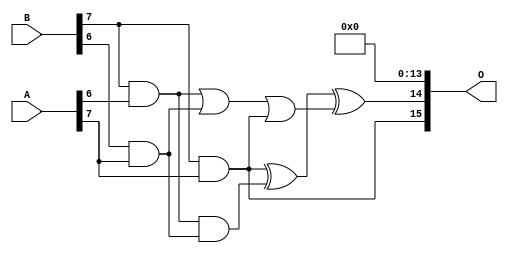
/***
* This code is a part of EvoApproxLib library (ehw.fit.vutbr.cz/approxlib) distributed under The MIT License.
* When used, please cite the following article(s): PRABAKARAN B. S., MRAZEK V., VASICEK Z., SEKANINA L., SHAFIQUE M. ApproxFPGAs: Embracing ASIC-based Approximate Arithmetic Components for FPGA-Based Systems. DAC 2020. 
***/
// MAE% = 0.0034 %
// MAE = 144782 
// WCE% = 0.019 %
// WCE = 813901 
// WCRE% = 103.12 %
// EP% = 99.99 %
// MRE% = 0.18 %
// MSE = 31960.408e6 
// FPGA_POWER = 3.0
// FPGA_DELAY = 14
// FPGA_LUT = 179

module mult8_cgp14ep_ep65536_wc16384_2_csamcsa (
    A,
    B,
    O
);

input [7:0] A;
input [7:0] B;
output [15:0] O;

wire sig_225,sig_267,sig_268,sig_299,sig_300,sig_302,sig_328,sig_331;

assign sig_225 = B[7] & A[6];
assign sig_267 = B[6] & A[7];
assign sig_268 = B[7] & A[7];
assign sig_299 = sig_225 | sig_267;
assign sig_300 = sig_225 & sig_267;
assign sig_302 = sig_299 | sig_268;
assign sig_328 = sig_268 ^ sig_300;
assign sig_331 = sig_328 ^ sig_302;

assign O[15] = sig_268;
assign O[14] = sig_331;
assign O[13] = 1'b0;
assign O[12] = 1'b0;
assign O[11] = 1'b0;
assign O[10] = 1'b0;
assign O[9] = 1'b0;
assign O[8] = 1'b0;
assign O[7] = 1'b0;
assign O[6] = 1'b0;
assign O[5] = 1'b0;
assign O[4] = 1'b0;
assign O[3] = 1'b0;
assign O[2] = 1'b0;
assign O[1] = 1'b0;
assign O[0] = 1'b0;

endmodule

module mult8_cgp14zr_wc1577_csamrca (
    A,
    B,
    O
);

input [7:0] A;
input [7:0] B;
output [15:0] O;

wire sig_52,sig_53,sig_85,sig_95,sig_96,sig_127,sig_128,sig_130,sig_137,sig_138,sig_139,sig_165,sig_166,sig_170,sig_171,sig_173,sig_174,sig_180,sig_181,sig_182;
wire sig_199,sig_208,sig_209,sig_210,sig_211,sig_212,sig_213,sig_214,sig_215,sig_216,sig_217,sig_222,sig_223,sig_224,sig_225,sig_239,sig_246,sig_247,sig_248,sig_249;
wire sig_250,sig_251,sig_252,sig_253,sig_254,sig_255,sig_256,sig_257,sig_258,sig_259,sig_260,sig_263,sig_264,sig_265,sig_266,sig_267,sig_268,sig_284,sig_285,sig_286;
wire sig_287,sig_288,sig_289,sig_290,sig_291,sig_292,sig_293,sig_294,sig_295,sig_296,sig_297,sig_298,sig_299,sig_300,sig_301,sig_302,sig_303,sig_309,sig_313,sig_316;
wire sig_317,sig_318,sig_319,sig_320,sig_321,sig_322,sig_323,sig_324,sig_325,sig_326,sig_327,sig_328,sig_329,sig_330,sig_331,sig_332,sig_333,sig_334,sig_335;

assign sig_52 = B[7] & A[2];
assign sig_53 = B[7] & A[2];
assign sig_85 = A[3] & sig_52;
assign sig_95 = B[6] & A[3];
assign sig_96 = B[7] & A[3];
assign sig_127 = sig_53 ^ sig_95;
assign sig_128 = sig_53 & A[3];
assign sig_130 = sig_127 ^ sig_85;
assign sig_137 = B[5] & A[4];
assign sig_138 = B[6] & A[4];
assign sig_139 = B[7] & A[4];
assign sig_165 = sig_130 | sig_137;
assign sig_166 = sig_130 & sig_137;
assign sig_170 = sig_96 ^ sig_138;
assign sig_171 = sig_96 & sig_138;
assign sig_173 = sig_170 ^ sig_85;
assign sig_174 = sig_171 | sig_128;
assign sig_180 = B[5] & A[5];
assign sig_181 = B[6] & A[5];
assign sig_182 = B[7] & A[5];
assign sig_199 = B[3] & A[6];
assign sig_208 = sig_173 ^ sig_180;
assign sig_209 = sig_173 & sig_180;
assign sig_210 = sig_208 & sig_166;
assign sig_211 = sig_208 ^ sig_166;
assign sig_212 = sig_209 | sig_210;
assign sig_213 = sig_139 ^ sig_181;
assign sig_214 = sig_139 & sig_181;
assign sig_215 = sig_213 & sig_174;
assign sig_216 = sig_213 ^ sig_174;
assign sig_217 = sig_214 | sig_215;
assign sig_222 = B[4] & A[6];
assign sig_223 = B[5] & A[6];
assign sig_224 = B[6] & A[6];
assign sig_225 = B[7] & A[6];
assign sig_239 = A[5] & B[4];
assign sig_246 = sig_211 ^ sig_222;
assign sig_247 = sig_211 & sig_222;
assign sig_248 = sig_246 & sig_165;
assign sig_249 = sig_246 ^ sig_165;
assign sig_250 = sig_247 | sig_248;
assign sig_251 = sig_216 ^ sig_223;
assign sig_252 = sig_216 & sig_223;
assign sig_253 = sig_251 & sig_212;
assign sig_254 = sig_251 ^ sig_212;
assign sig_255 = sig_252 | sig_253;
assign sig_256 = sig_182 ^ sig_224;
assign sig_257 = sig_182 & sig_224;
assign sig_258 = sig_256 & sig_217;
assign sig_259 = sig_256 ^ sig_217;
assign sig_260 = sig_257 | sig_258;
assign sig_263 = B[2] & A[7];
assign sig_264 = B[3] & A[7];
assign sig_265 = B[4] & A[7];
assign sig_266 = B[5] & A[7];
assign sig_267 = B[6] & A[7];
assign sig_268 = B[7] & A[7];
assign sig_284 = sig_249 ^ sig_264;
assign sig_285 = sig_249 & sig_264;
assign sig_286 = sig_284 & sig_199;
assign sig_287 = sig_284 ^ sig_199;
assign sig_288 = sig_285 | sig_286;
assign sig_289 = sig_254 ^ sig_265;
assign sig_290 = sig_254 & sig_265;
assign sig_291 = sig_289 & sig_250;
assign sig_292 = sig_289 ^ sig_250;
assign sig_293 = sig_290 | sig_291;
assign sig_294 = sig_259 ^ sig_266;
assign sig_295 = sig_259 & sig_266;
assign sig_296 = sig_294 & sig_255;
assign sig_297 = sig_294 ^ sig_255;
assign sig_298 = sig_295 | sig_296;
assign sig_299 = sig_225 ^ sig_267;
assign sig_300 = sig_225 & sig_267;
assign sig_301 = sig_299 & sig_260;
assign sig_302 = sig_299 ^ sig_260;
assign sig_303 = sig_300 | sig_301;
assign sig_309 = sig_239 ^ sig_263;
assign sig_313 = sig_239 & sig_263;
assign sig_316 = sig_292 ^ sig_288;
assign sig_317 = sig_292 & sig_288;
assign sig_318 = sig_316 & sig_313;
assign sig_319 = sig_316 ^ sig_313;
assign sig_320 = sig_317 | sig_318;
assign sig_321 = sig_297 ^ sig_293;
assign sig_322 = sig_297 & sig_293;
assign sig_323 = sig_321 & sig_320;
assign sig_324 = sig_321 ^ sig_320;
assign sig_325 = sig_322 | sig_323;
assign sig_326 = sig_302 ^ sig_298;
assign sig_327 = sig_302 & sig_298;
assign sig_328 = sig_326 & sig_325;
assign sig_329 = sig_326 ^ sig_325;
assign sig_330 = sig_327 | sig_328;
assign sig_331 = sig_268 ^ sig_303;
assign sig_332 = A[7] & sig_303;
assign sig_333 = sig_268 & sig_330;
assign sig_334 = sig_331 ^ sig_330;
assign sig_335 = sig_332 | sig_333;

assign O[15] = sig_335;
assign O[14] = sig_334;
assign O[13] = sig_329;
assign O[12] = sig_324;
assign O[11] = sig_319;
assign O[10] = sig_287;
assign O[9] = sig_309;
assign O[8] = sig_309;
assign O[7] = sig_214;
assign O[6] = sig_254;
assign O[5] = sig_225;
assign O[4] = sig_127;
assign O[3] = 1'b0;
assign O[2] = sig_309;
assign O[1] = sig_291;
assign O[0] = sig_217;

endmodule


module trun8_tam00b ( A, B, O );
  input [7:0] A;
  input [7:0] B;
  output [15:0] O;

  wire C_1_0,C_1_1,C_1_2,C_1_3,C_1_4,C_1_5,C_1_6,C_2_0,C_2_1,C_2_2,C_2_3,C_2_4,C_2_5,C_2_6,C_3_0,C_3_1,C_3_2,C_3_3,C_3_4,C_3_5,C_3_6,C_4_0,C_4_1,C_4_2,C_4_3,C_4_4,C_4_5,C_4_6,C_5_0,C_5_1,C_5_2,C_5_3,C_5_4,C_5_5,C_5_6,C_6_0,C_6_1,C_6_2,C_6_3,C_6_4,C_6_5,C_6_6,C_7_0,C_7_1,C_7_2,C_7_3,C_7_4,C_7_5,C_7_6,S_0_0,S_0_1,S_0_2,S_0_3,S_0_4,S_0_5,S_0_6,S_0_7,S_1_0,S_1_1,S_1_2,S_1_3,S_1_4,S_1_5,S_1_6,S_1_7,S_2_0,S_2_1,S_2_2,S_2_3,S_2_4,S_2_5,S_2_6,S_2_7,S_3_0,S_3_1,S_3_2,S_3_3,S_3_4,S_3_5,S_3_6,S_3_7,S_4_0,S_4_1,S_4_2,S_4_3,S_4_4,S_4_5,S_4_6,S_4_7,S_5_0,S_5_1,S_5_2,S_5_3,S_5_4,S_5_5,S_5_6,S_5_7,S_6_0,S_6_1,S_6_2,S_6_3,S_6_4,S_6_5,S_6_6,S_6_7,S_7_0,S_7_1,S_7_2,S_7_3,S_7_4,S_7_5,S_7_6,S_7_7,S_8_0,S_8_1,S_8_2,S_8_3,S_8_4,S_8_5,S_8_6,S_8_7;

  assign S_0_0 = (A[0] & B[0]);
  assign S_0_1 = (A[0] & B[1]);
  assign S_0_2 = (A[0] & B[2]);
  assign S_0_3 = (A[0] & B[3]);
  assign S_0_4 = (A[0] & B[4]);
  assign S_0_5 = (A[0] & B[5]);
  assign S_0_6 = (A[0] & B[6]);
  assign S_0_7 = (A[0] & B[7]);
  PDKGENHAX1 U13609 (.A(S_0_1), .B((A[1] & B[0])), .YS(S_1_0), .YC(C_1_0));
  PDKGENHAX1 U13610 (.A(S_0_2), .B((A[1] & B[1])), .YS(S_1_1), .YC(C_1_1));
  PDKGENHAX1 U13611 (.A(S_0_3), .B((A[1] & B[2])), .YS(S_1_2), .YC(C_1_2));
  PDKGENHAX1 U13612 (.A(S_0_4), .B((A[1] & B[3])), .YS(S_1_3), .YC(C_1_3));
  PDKGENHAX1 U13613 (.A(S_0_5), .B((A[1] & B[4])), .YS(S_1_4), .YC(C_1_4));
  PDKGENHAX1 U13614 (.A(S_0_6), .B((A[1] & B[5])), .YS(S_1_5), .YC(C_1_5));
  PDKGENHAX1 U13615 (.A(S_0_7), .B((A[1] & B[6])), .YS(S_1_6), .YC(C_1_6));
  assign S_1_7 = (A[1] & B[7]);
  PDKGENFAX1 U13617 (.A(S_1_1), .B(C_1_0), .C((A[2] & B[0])), .YS(S_2_0), .YC(C_2_0));
  PDKGENFAX1 U13618 (.A(S_1_2), .B(C_1_1), .C((A[2] & B[1])), .YS(S_2_1), .YC(C_2_1));
  PDKGENFAX1 U13619 (.A(S_1_3), .B(C_1_2), .C((A[2] & B[2])), .YS(S_2_2), .YC(C_2_2));
  PDKGENFAX1 U13620 (.A(S_1_4), .B(C_1_3), .C((A[2] & B[3])), .YS(S_2_3), .YC(C_2_3));
  PDKGENFAX1 U13621 (.A(S_1_5), .B(C_1_4), .C((A[2] & B[4])), .YS(S_2_4), .YC(C_2_4));
  PDKGENFAX1 U13622 (.A(S_1_6), .B(C_1_5), .C((A[2] & B[5])), .YS(S_2_5), .YC(C_2_5));
  PDKGENFAX1 U13623 (.A(S_1_7), .B(C_1_6), .C((A[2] & B[6])), .YS(S_2_6), .YC(C_2_6));
  assign S_2_7 = (A[2] & B[7]);
  PDKGENFAX1 U13625 (.A(S_2_1), .B(C_2_0), .C((A[3] & B[0])), .YS(S_3_0), .YC(C_3_0));
  PDKGENFAX1 U13626 (.A(S_2_2), .B(C_2_1), .C((A[3] & B[1])), .YS(S_3_1), .YC(C_3_1));
  PDKGENFAX1 U13627 (.A(S_2_3), .B(C_2_2), .C((A[3] & B[2])), .YS(S_3_2), .YC(C_3_2));
  PDKGENFAX1 U13628 (.A(S_2_4), .B(C_2_3), .C((A[3] & B[3])), .YS(S_3_3), .YC(C_3_3));
  PDKGENFAX1 U13629 (.A(S_2_5), .B(C_2_4), .C((A[3] & B[4])), .YS(S_3_4), .YC(C_3_4));
  PDKGENFAX1 U13630 (.A(S_2_6), .B(C_2_5), .C((A[3] & B[5])), .YS(S_3_5), .YC(C_3_5));
  PDKGENFAX1 U13631 (.A(S_2_7), .B(C_2_6), .C((A[3] & B[6])), .YS(S_3_6), .YC(C_3_6));
  assign S_3_7 = (A[3] & B[7]);
  PDKGENFAX1 U13633 (.A(S_3_1), .B(C_3_0), .C((A[4] & B[0])), .YS(S_4_0), .YC(C_4_0));
  PDKGENFAX1 U13634 (.A(S_3_2), .B(C_3_1), .C((A[4] & B[1])), .YS(S_4_1), .YC(C_4_1));
  PDKGENFAX1 U13635 (.A(S_3_3), .B(C_3_2), .C((A[4] & B[2])), .YS(S_4_2), .YC(C_4_2));
  PDKGENFAX1 U13636 (.A(S_3_4), .B(C_3_3), .C((A[4] & B[3])), .YS(S_4_3), .YC(C_4_3));
  PDKGENFAX1 U13637 (.A(S_3_5), .B(C_3_4), .C((A[4] & B[4])), .YS(S_4_4), .YC(C_4_4));
  PDKGENFAX1 U13638 (.A(S_3_6), .B(C_3_5), .C((A[4] & B[5])), .YS(S_4_5), .YC(C_4_5));
  PDKGENFAX1 U13639 (.A(S_3_7), .B(C_3_6), .C((A[4] & B[6])), .YS(S_4_6), .YC(C_4_6));
  assign S_4_7 = (A[4] & B[7]);
  PDKGENFAX1 U13641 (.A(S_4_1), .B(C_4_0), .C((A[5] & B[0])), .YS(S_5_0), .YC(C_5_0));
  PDKGENFAX1 U13642 (.A(S_4_2), .B(C_4_1), .C((A[5] & B[1])), .YS(S_5_1), .YC(C_5_1));
  PDKGENFAX1 U13643 (.A(S_4_3), .B(C_4_2), .C((A[5] & B[2])), .YS(S_5_2), .YC(C_5_2));
  PDKGENFAX1 U13644 (.A(S_4_4), .B(C_4_3), .C((A[5] & B[3])), .YS(S_5_3), .YC(C_5_3));
  PDKGENFAX1 U13645 (.A(S_4_5), .B(C_4_4), .C((A[5] & B[4])), .YS(S_5_4), .YC(C_5_4));
  PDKGENFAX1 U13646 (.A(S_4_6), .B(C_4_5), .C((A[5] & B[5])), .YS(S_5_5), .YC(C_5_5));
  PDKGENFAX1 U13647 (.A(S_4_7), .B(C_4_6), .C((A[5] & B[6])), .YS(S_5_6), .YC(C_5_6));
  assign S_5_7 = (A[5] & B[7]);
  PDKGENFAX1 U13649 (.A(S_5_1), .B(C_5_0), .C((A[6] & B[0])), .YS(S_6_0), .YC(C_6_0));
  PDKGENFAX1 U13650 (.A(S_5_2), .B(C_5_1), .C((A[6] & B[1])), .YS(S_6_1), .YC(C_6_1));
  PDKGENFAX1 U13651 (.A(S_5_3), .B(C_5_2), .C((A[6] & B[2])), .YS(S_6_2), .YC(C_6_2));
  PDKGENFAX1 U13652 (.A(S_5_4), .B(C_5_3), .C((A[6] & B[3])), .YS(S_6_3), .YC(C_6_3));
  PDKGENFAX1 U13653 (.A(S_5_5), .B(C_5_4), .C((A[6] & B[4])), .YS(S_6_4), .YC(C_6_4));
  PDKGENFAX1 U13654 (.A(S_5_6), .B(C_5_5), .C((A[6] & B[5])), .YS(S_6_5), .YC(C_6_5));
  PDKGENFAX1 U13655 (.A(S_5_7), .B(C_5_6), .C((A[6] & B[6])), .YS(S_6_6), .YC(C_6_6));
  assign S_6_7 = (A[6] & B[7]);
  PDKGENFAX1 U13657 (.A(S_6_1), .B(C_6_0), .C((A[7] & B[0])), .YS(S_7_0), .YC(C_7_0));
  PDKGENFAX1 U13658 (.A(S_6_2), .B(C_6_1), .C((A[7] & B[1])), .YS(S_7_1), .YC(C_7_1));
  PDKGENFAX1 U13659 (.A(S_6_3), .B(C_6_2), .C((A[7] & B[2])), .YS(S_7_2), .YC(C_7_2));
  PDKGENFAX1 U13660 (.A(S_6_4), .B(C_6_3), .C((A[7] & B[3])), .YS(S_7_3), .YC(C_7_3));
  PDKGENFAX1 U13661 (.A(S_6_5), .B(C_6_4), .C((A[7] & B[4])), .YS(S_7_4), .YC(C_7_4));
  PDKGENFAX1 U13662 (.A(S_6_6), .B(C_6_5), .C((A[7] & B[5])), .YS(S_7_5), .YC(C_7_5));
  PDKGENFAX1 U13663 (.A(S_6_7), .B(C_6_6), .C((A[7] & B[6])), .YS(S_7_6), .YC(C_7_6));
  assign S_7_7 = (A[7] & B[7]);
  assign {S_8_7, S_8_6, S_8_5, S_8_4, S_8_3, S_8_2, S_8_1, S_8_0} = {C_7_6, C_7_5, C_7_4, C_7_3, C_7_2, C_7_1, C_7_0} + {S_7_7, S_7_6, S_7_5, S_7_4, S_7_3, S_7_2, S_7_1};
  assign O = {S_8_7,S_8_6,S_8_5,S_8_4,S_8_3,S_8_2,S_8_1,S_8_0,S_7_0,S_6_0,S_5_0,S_4_0,S_3_0,S_2_0,S_1_0,S_0_0};

endmodule
module CLA32bit(a,b,c_in,sum,c_out);

input [31:0]a,b;
input c_in;
output [31:0]sum;
output c_out;

wire [31:0] sum_out,  p,  g;
wire [7:0] PPP, GGG;
wire [8:0] CC;

assign p[31:0] = a[31:0] ^ b[31:0];
assign g[31:0] = a[31:0] & b[31:0];

assign PPP[0]= p [3] & p [2] & p [1] & p [0];
assign PPP[1]= p [7] & p [6] & p [5] & p [4];
assign PPP[2]= p[11] & p[10] & p [9] & p [8];
assign PPP[3]= p[15] & p[14] & p[13] & p[12];
assign PPP[4]= p[19] & p[18] & p[17] & p[16];
assign PPP[5]= p[23] & p[22] & p[21] & p[20];
assign PPP[6]= p[27] & p[26] & p[25] & p[24];
assign PPP[7]= p[31] & p[30] & p[29] & p[28];

assign GGG[0]= g[3]  | (p [3] & g [2])  | (p [3] & p [2] & g [1])  | (p [3] & p [2] & p [1] & g [0]) ;
assign GGG[1]= g[7]  | (p [7] & g [6])  | (p [7] & p [6] & g [5])  | (p [7] & p [6] & p [5] & g [4]);
assign GGG[2]= g[11] | (p[11] & g[10])  | (p[11] & p[10] & g [9])  | (p[11] & p[10] & p [9] & g [8]);
assign GGG[3]= g[15] | (p[15] & g[14])  | (p[15] & p[14] & g[13])  | (p[15] & p[14] & p[13] & g[12]);
assign GGG[4]= g[19] | (p[19] & g[18])  | (p[19] & p[18] & g[17])  | (p[19] & p[18] & p[17] & g[16]);
assign GGG[5]= g[23] | (p[23] & g[22])  | (p[23] & p[22] & g[21])  | (p[23] & p[22] & p[21] & g[20]);
assign GGG[6]= g[27] | (p[27] & g[26])  | (p[27] & p[26] & g[25])  | (p[27] & p[26] & p[25] & g[24]);
assign GGG[7]= g[31] | (p[31] & g[30])  | (p[31] & p[30] & g[29])  | (p[31] & p[30] & p[29] & g[28]);
assign CC[0] = c_in;
assign CC[1] = GGG[0]  |  PPP[0]&  CC[0];
assign CC[2] = GGG[1]  |  PPP[1]&GGG[0]  |  PPP[1]&PPP[0]&  CC[0];
assign CC[3] = GGG[2]  |  PPP[2]&GGG[1]  |  PPP[2]&PPP[1]&GGG[0]  |  PPP[2]&PPP[1]&PPP[0]&  CC[0];
assign CC[4] = GGG[3]  |  PPP[3]&GGG[2]  |  PPP[3]&PPP[2]&GGG[1]  |  PPP[3]&PPP[2]&PPP[1]&GGG[0]  |  PPP[3]&PPP[2]&PPP[1]&PPP[0]&  CC[0];
assign CC[5] = GGG[4]  |  PPP[4]&GGG[3]  |  PPP[4]&PPP[3]&GGG[2]  |  PPP[4]&PPP[3]&PPP[2]&GGG[1]  |  PPP[4]&PPP[3]&PPP[2]&PPP[1]&GGG[0] |  PPP[4]&PPP[3]&PPP[2]&PPP[1]&PPP[0]&  CC[0];
assign CC[6] = GGG[5]  |  PPP[5]&GGG[4]  |  PPP[5]&PPP[4]&GGG[3]  |  PPP[5]&PPP[4]&PPP[3]&GGG[2]  |  PPP[5]&PPP[4]&PPP[3]&PPP[2]&GGG[1] |  PPP[5]&PPP[4]&PPP[3]&PPP[2]&PPP[1]&GGG[0] |  PPP[5]&PPP[4]&PPP[3]&PPP[2]&PPP[1]&PPP[0]& CC[0];
assign CC[7] = GGG[6]  | PPP[6]&GGG[5]  |  PPP[6]&PPP[5]&GGG[4]  |  PPP[6]&PPP[5]&PPP[4]&GGG[3]  |  PPP[6]&PPP[5]&PPP[4]&PPP[3]&GGG[2]  |  PPP[6]&PPP[5]&PPP[4]&PPP[3]&PPP[2]&GGG[1] |  PPP[6]&PPP[5]&PPP[4]&PPP[3]&PPP[2]&PPP[1]&GGG[0] |  PPP[6]&PPP[5]&PPP[4]&PPP[3]&PPP[2]&PPP[1]&PPP[0] & CC[0];
assign CC[8] = GGG[7] | PPP[7]&GGG[6]  | PPP[7]&PPP[6]&GGG[5]  |  PPP[7]&PPP[6]&PPP[5]&GGG[4]  |  PPP[7]&PPP[6]&PPP[5]&PPP[4]&GGG[3]  |  PPP[7]&PPP[6]&PPP[5]&PPP[4]&PPP[3]&GGG[2]  |  PPP[7]&PPP[6]&PPP[5]&PPP[4]&PPP[3]&PPP[2]&GGG[1] |  PPP[7]&PPP[6]&PPP[5]&PPP[4]&PPP[3]&PPP[2]&PPP[1]&GGG[0] |  PPP[7]&PPP[6]&PPP[5]&PPP[4]&PPP[3]&PPP[2]&PPP[1]&PPP[0] & CC[0];
cla_4bit cla4bit1(.aa(a  [3:0]),  .bb(b  [3:0]),  .cin(CC[0]),   .pp(p  [3:0]),  .gg(g  [3:0]),   .summ(sum  [3:0]));
cla_4bit cla4bit2(.aa(a  [7:4]),  .bb(b  [7:4]),  .cin(CC[1]),   .pp(p  [7:4]),  .gg(g  [7:4]),   .summ(sum  [7:4]));
cla_4bit cla4bit3(.aa(a [11:8]),  .bb(b [11:8]),  .cin(CC[2]),   .pp(p [11:8]),  .gg(g [11:8]),   .summ(sum [11:8]));
cla_4bit cla4bit4(.aa(a[15:12]),  .bb(b[15:12]),  .cin(CC[3]),   .pp(p[15:12]),  .gg(g[15:12]),   .summ(sum[15:12]));
cla_4bit cla4bit5(.aa(a[19:16]),  .bb(b[19:16]),  .cin(CC[4]),   .pp(p[19:16]),  .gg(g[19:16]),   .summ(sum[19:16]));
cla_4bit cla4bit6(.aa(a[23:20]),  .bb(b[23:20]),  .cin(CC[5]),   .pp(p[23:20]),  .gg(g[23:20]),   .summ(sum[23:20]));
cla_4bit cla4bit7(.aa(a[27:24]),  .bb(b[27:24]),  .cin(CC[6]),   .pp(p[27:24]),  .gg(g[27:24]),   .summ(sum[27:24]));
cla_4bit cla4bit8(.aa(a[31:28]),  .bb(b[31:28]),  .cin(CC[7]),   .pp(p[31:28]),  .gg(g[31:28]),   .summ(sum[31:28]));

assign c_out=CC[8];

endmodule
module cla_4bit(aa,bb,cin,summ,pp,gg);
input  [3:0] aa,bb,pp,gg;  
input cin;
output [3:0] summ;

wire [3:0] c;

   assign c[0] = cin;
   assign c[1] = gg[0] | (pp[0] & c[0]);
   assign c[2] = gg[1] | (pp[1] & gg[0]) | (pp[1] & pp[0] & c[0]);
   assign c[3] = gg[2] | (pp[2] & gg[1]) | (pp[2] & pp[1] & gg[0])| (pp[2] & pp[1] & pp[0] & c[0]);

   assign summ[3:0] = pp[3:0]  ^  c[3:0];
endmodule

`timescale 1ns/100ps
module mul16u_82M ( input[15:0] A,
                   input[15:0] B,
                   output [31:0] O
                 );

wire [15:0] ll,lh,hl,hh;
wire [31:0] llhhlh_sum;
wire [31:0] shifted_llhh, shifted_lh, shifted_hl;

localparam MAX1 = 15;
localparam MIN1 = 8;

localparam MAX2 = 7;
localparam MIN2 = 0;

mult8_cgp14ep_ep65536_wc16384_2_csamcsa LxL (.A(A[MAX2:MIN2]), .B(B[MAX2:MIN2]), .O(ll));
mult8_cgp14zr_wc1577_csamrca HxL (.A(A[MAX1:MIN1]), .B(B[MAX2:MIN2]), .O(hl));
mult8_cgp14zr_wc1577_csamrca LxH (.A(A[MAX2:MIN2]), .B(B[MAX1:MIN1]), .O(lh));
trun8_tam00b HxH (.A(A[MAX1:MIN1]), .B(B[MAX1:MIN1]), .O(hh));

assign shifted_llhh = { hh, ll }; 
assign shifted_lh = { {8{1'b0}}, lh, {8{1'b0}}}; 
assign shifted_hl = { {8{1'b0}}, hl, {8{1'b0}}};
CLA32bit LLHHLH (.a(shifted_llhh), .b(shifted_lh), .c_in(1'b0), .sum(llhhlh_sum), .c_out());
CLA32bit SUMO (.a(llhhlh_sum), .b(shifted_hl), .c_in(1'b0), .sum(O), .c_out());

endmodule


/* mod */
module PDKGENFAX1( input A, input B, input C, output YS, output YC );
    assign YS = (A ^ B) ^ C;
    assign YC = (A & B) | (B & C) | (A & C);
endmodule
/* mod */
module PDKGENHAX1( input A, input B, output YS, output YC );
    assign YS = A ^ B;
    assign YC = A & B;
endmodule